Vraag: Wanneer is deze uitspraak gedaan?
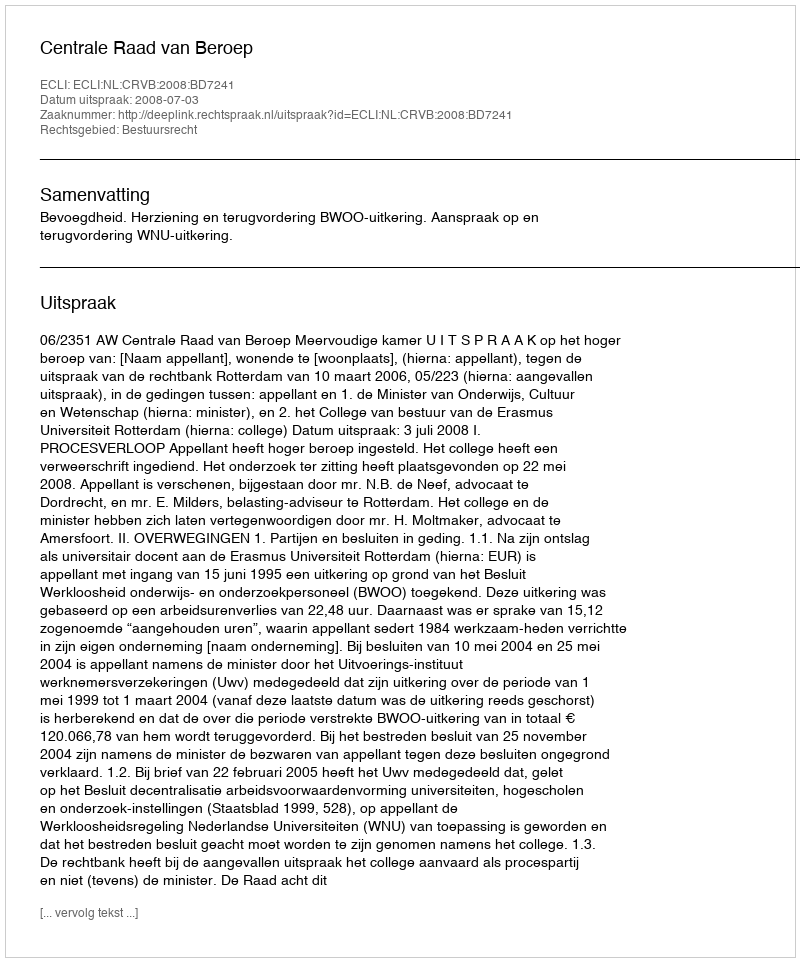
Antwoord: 2008-07-03